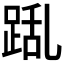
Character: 𮛛